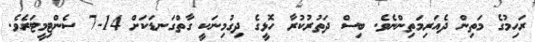
ރަހިމުގެ މަތިން ދެއަރިމަތިންނެވެ. ބިސް ދަތުރުކުރާ ހޮޅީގެ ދިގުމިނަކީ ގާތްގަނޑަކަށް 14-7 ސެންޓިމީޓަރެވެ.